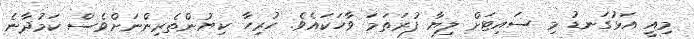
މިއީ އަޅުގަނޑު މި ސައިޓަށް ލިޔާ ފުރަތަމަ ވާހަކައެވެ. ހުރިހާ ކިޔުންތެރިންނަށްވެސް ކަމުދާނެ